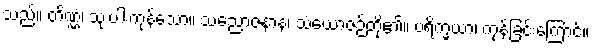
သည်။ တိဏ္ဏံ၊ သုံးပါးကုန်သော။ သညောဇနာနံ၊ သံယောဇဉ်တို့၏။ ပရိက္ခယာ၊ ကုန်ခြင်းကြောင့်။